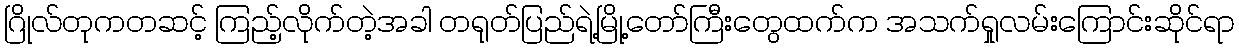
ဂြိုလ်တုကတဆင့် ကြည့်လိုက်တဲ့အခါ တရုတ်ပြည်ရဲ့မြို့တော်ကြီးတွေထက်က အသက်ရှုလမ်းကြောင်းဆိုင်ရာ